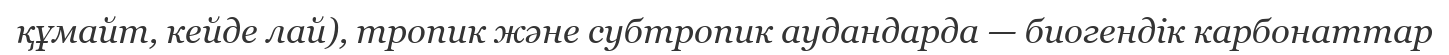
құмайт, кейде лай), тропик және субтропик аудандарда — биогендік карбонаттар